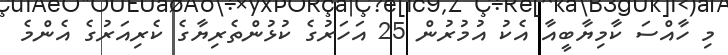
މި ހާއްސަ ކާމިޔާބީއާ އެކު އުމުރުން 25 އަހަރުގެ ކުޅުންތެރިޔާގެ ކެރިއަރުގެ އެންމެ